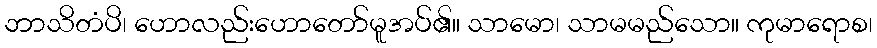
ဘာသိတံပိ၊ ဟောလည်းဟောတော်မူအပ်၏။ သာမော၊ သာမမည်သော။ ကုမာရောစ၊